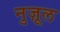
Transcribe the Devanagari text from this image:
नुज़ूल